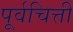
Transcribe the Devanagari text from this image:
पूर्वचित्ती